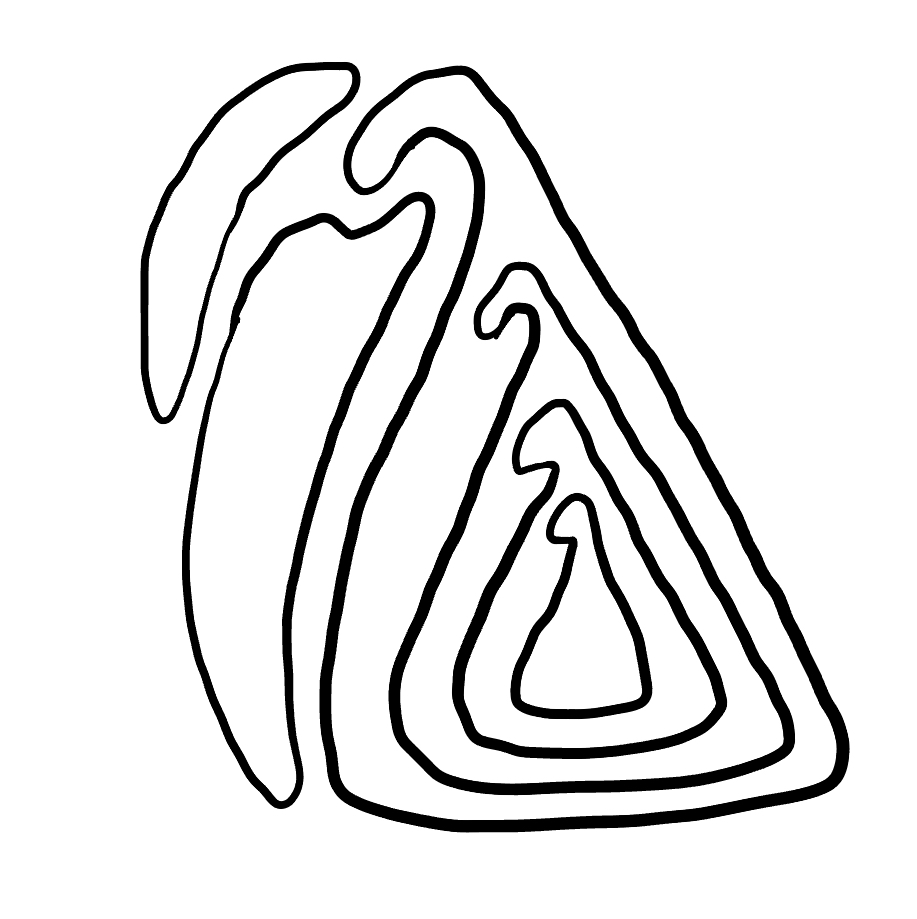
Number of regions (including the outer root region): 7
Containment tree edges (parent, child): 0, 1, 0, 2, 0, 6, 2, 3, 3, 4, 4, 5